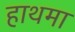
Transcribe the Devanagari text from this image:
हाथमा